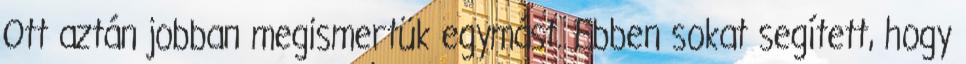
Ott aztán jobban megismertük egymást. Ebben sokat segített, hogy